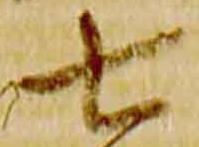
七